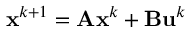
\mathbf { x } ^ { k + 1 } = \mathbf { A } \mathbf { x } ^ { k } + \mathbf { B } \mathbf { u } ^ { k }